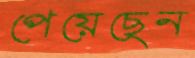
পেয়েছেন